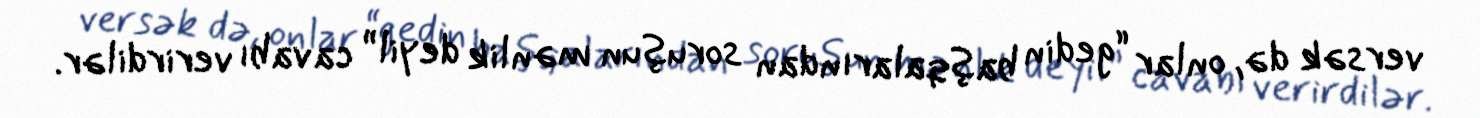
versək də, onlar “gedin başqalarından soruşun mənlik deyil” cavabı verirdilər.